Scottish Certificate of Education, 1962
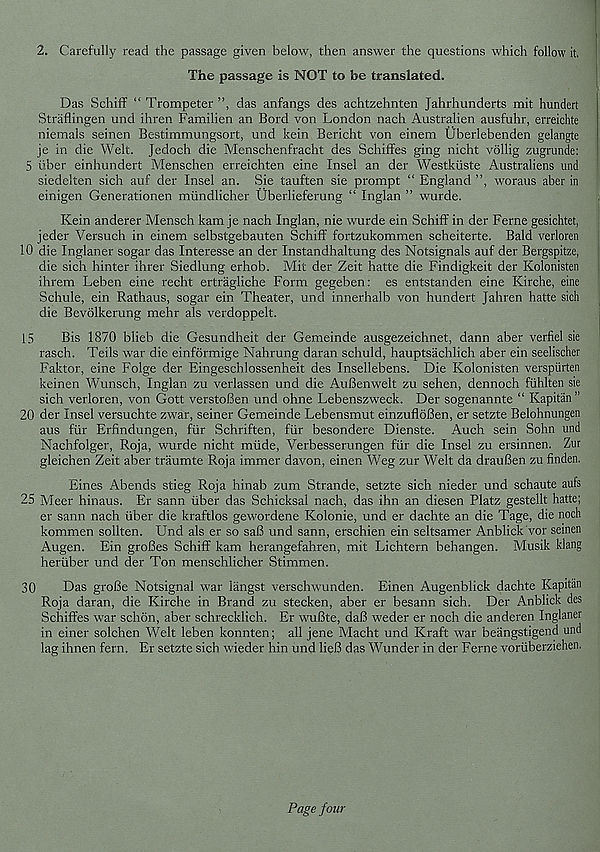
2. Carefully read the passage given below, then answer the questions which follow it.
The passage is NOT to be translated.
Das Schiff “ Trompeter ”, das anfangs des achtzehnten Jahrhunderts mit hundert
Straflingen und ihren Familien an Bord von London nach Australien ausfuhr, erreichte
niemals seinen Bestimmungsort, und kein Bericht von einem Uberlebenden gelangte
je in die Welt. Jedoch die Menschenfracht des Schiffes ging nicht vollig zugrunde:
5 fiber einhundert Menschen erreichten eine Insel an der Westkiiste Australiens und
siedelten sich auf der Insel an. Sie tauften sie prompt “ England ”, woraus aber in
einigen Generationen miindlicher Uberlieferung “ Inglan ” wurde.
Kein anderer Mensch kam je nach Inglan, nie wurde ein Schiff in der Feme gesichtet,
jeder Versuch in einem selbstgebauten Schiff fortzukommen scheiterte. Bald verloren
10 die Inglaner sogar das Interesse an der Instandhaltung des Notsignals auf der Bergspitze,
die sich hinter ihrer Siedlung erhob. Mit der Zeit hatte die Findigkeit der Kolonisten
ihrem Leben eine recht ertragliche Form gegeben: es entstanden eine Kirche, eine
Schule, ein Rathaus, sogar ein Theater, und innerhalb von hundert Jahren hatte sidi
die Bevolkerung mehr als verdoppelt.
15
Bis 1870 blieb die Gesundheit der Gemeinde ausgezeichnet, dann aber verfiel sie
rasch. Teils war die einformige Nahrung daran schuld, hauptsachlich aber ein seelischer
Faktor, eine Folge der Eingeschlossenheit des Insellebens. Die Kolonisten verspiirten
keinen Wunsch, Inglan zu verlassen und die AuBenwelt zu sehen, dennoch fuhlten sie
sich verloren, von Gott verstoBen und ohne Lebenszweck. Der sogenannte “ Kapitiin ”
20 der Insel versuchte zwar, seiner Gemeinde Lebensmut einzufloBen, er setzte Belohnungen
aus fur Erfindungen, fur Schriften, fur besondere Dienste. Auch sein Sohn und
Nachfolger, Roja, wurde nicht miide, Verbesserungen fur die Insel zu ersinnen. Zur
gleichen Zeit aber traumte Roja immer davon, einen Weg zur Welt da drauBen zu finden.
Eines Abends stieg Roja hinab zum Strande, setzte sich nieder und schaute aufs
25 Meer hinaus. Er sann fiber das Schicksal nach, das ihn an diesen Platz gestellt hatte;
er sann nach fiber die kraftlos gewordene Kolonie, und er dachte an die Tage, die noch
kommen sollten. Und als er so saB und sann, erschien ein seltsamer Anblick vor seinen
Augen. Ein grofies Schiff kam herangefahren, mit Lichtern behangen. Musik klang
herfiber und der Ton menschlicher Stimmen.
30
Das groBe Notsignal war langst verschwunden. Einen Augenblick dachte Kapitan
Roja daran, die Kirche in Brand zu stecken, aber er besann sich. Der Anblick des
Schiffes war schon, aber schrecklich. Er wuBte, daB weder er noch die anderen Inglaner
in einer solchen Welt leben konnten; all jene Macht und Kraft war beangstigend und
lag ihnen fern. Er setzte sich wieder hin und lieB das Wunder in der Feme voriiberziehen.
Page four